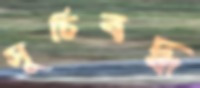
সূচিবদ্ধ